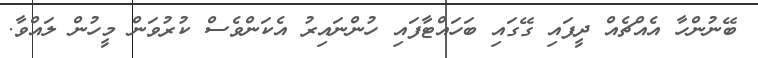
ބޭނުންހާ އެއްޗެއް ދީފައި ގޭގައި ބަހައްޓާފައި ހުންނައިރު އެކަންވެސް ކުރުވަން މީހުން ލައްވާ.